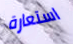
استعارة